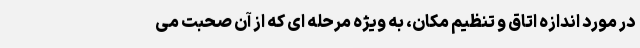
در مورد اندازه اتاق و تنظیم مکان، به ویژه مرحله ای که از آن صحبت می